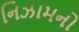
નિઝામનો